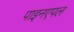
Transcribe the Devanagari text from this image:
पाइनएपल